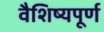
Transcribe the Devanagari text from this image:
वैशिष्यपूर्ण